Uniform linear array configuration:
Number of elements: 12
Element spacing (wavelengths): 0.25
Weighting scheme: hann
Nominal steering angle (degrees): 45
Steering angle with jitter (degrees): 44.263
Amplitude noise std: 0.05
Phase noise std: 0.05

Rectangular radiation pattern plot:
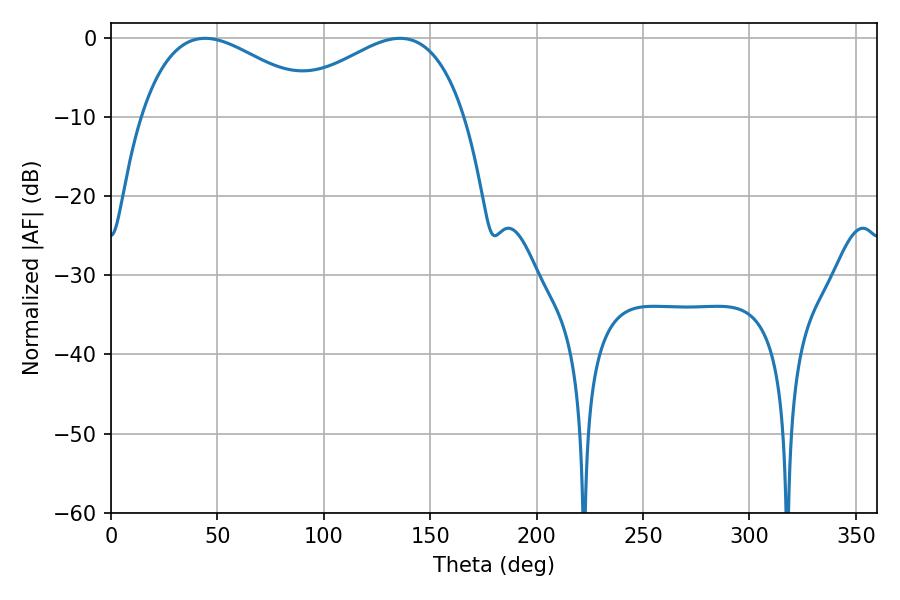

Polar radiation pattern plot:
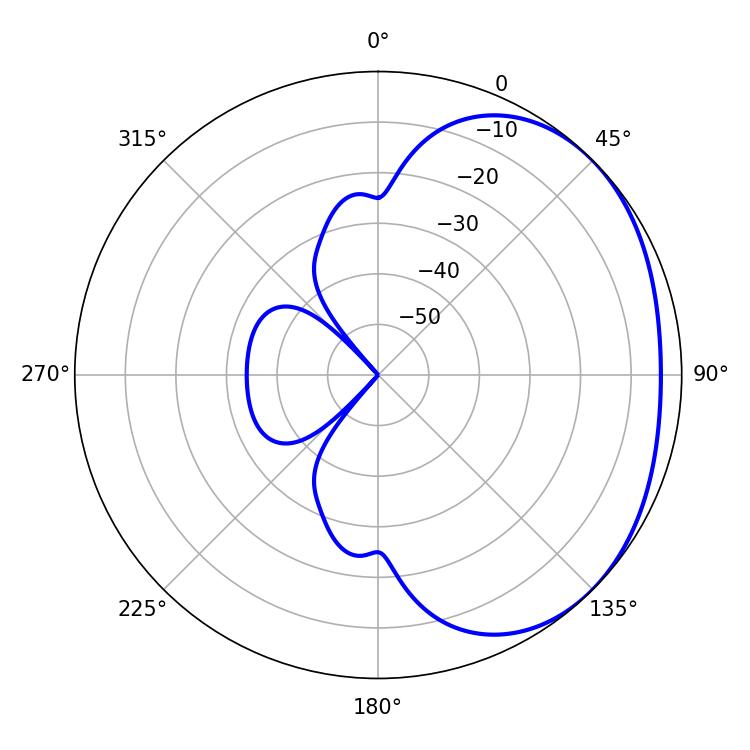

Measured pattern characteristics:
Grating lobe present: FALSE
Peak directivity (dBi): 2.055
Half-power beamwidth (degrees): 47.16
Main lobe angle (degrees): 44.28